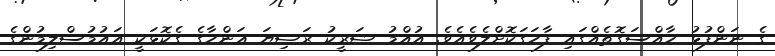
ގެ ނަންފުޅު ޚާއްސަގޮތެއްގައި ފާހަގަކޮށްލެވެއެވެ. އުއްމު ޝަރީކު ރަޟިޔަ ޢަންހާގެ ގެކޮޅަކީ އައުމުސްލިމުންގެ